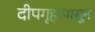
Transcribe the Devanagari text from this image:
दीपगृहापासून